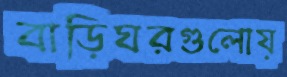
বাড়িঘরগুলোয়